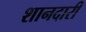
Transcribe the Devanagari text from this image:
शानदारी